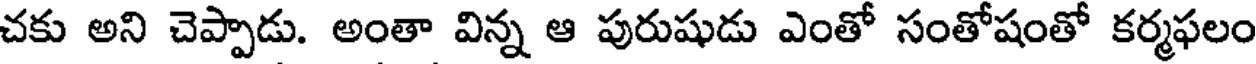
చకు అని చెప్పాడు. అంతా విన్న ఆ పురుషుడు ఎంతో సంతోషంతో కర్మఫలం